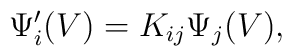
\Psi '_i(V) = K_{ij}{\Psi}_j(V) ,